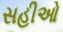
સહીઓ